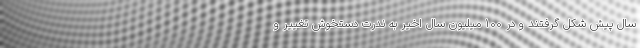
سال پیش شکل گرفتند و در ۱۰۰ میلیون سال اخیر به ندرت دستخوش تغییر و